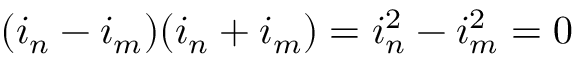
( i _ { n } - i _ { m } ) ( i _ { n } + i _ { m } ) = i _ { n } ^ { 2 } - i _ { m } ^ { 2 } = 0